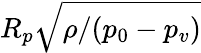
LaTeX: R_{p}\sqrt{\rho/(p_{0}-p_{v})}